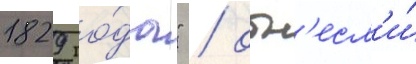
1829 го́да" / отн'есл'и́